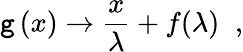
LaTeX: \mathtt{g}\left(x\right)\rightarrow\frac{{x}}{{\lambda}}+f(\lambda)\; \; ,